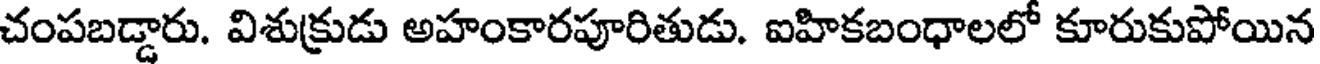
చంపబడ్డారు. విశుక్రుడు అహంకారపూరితుడు. ఐహికబంధాలలో కూరుకుపోయిన